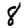
Digit: 8